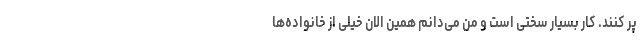
پّر کنند. کار بسیار سختی است و من می‌دانم همین الان خیلی از خانواده‌ها